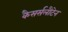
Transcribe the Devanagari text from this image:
कैसर्सलौटेन